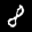
Label: 8